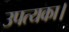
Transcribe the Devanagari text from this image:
उपत्यका।